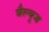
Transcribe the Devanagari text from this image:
वैल्यूज